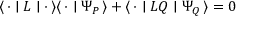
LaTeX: \langle \, { \bf \cdot } \mid { \cal L } \mid { \bf \cdot } \, \rangle \langle \, { \bf \cdot } \mid \Psi _ { P } \, \rangle + \langle \, { \bf \cdot } \mid { \cal L } Q \mid \Psi _ { Q } \, \rangle = 0